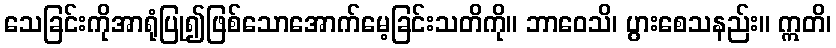
သေခြင်းကိုအာရုံပြု၍ဖြစ်သောအောက်မေ့ခြင်းသတိကို။ ဘာဝေသိ၊ ပွားစေသနည်း။ ဣတိ၊